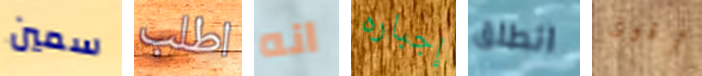
سمين اطلب انه إجباره انطلق أقوى